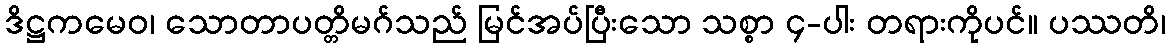
ဒိဋ္ဌကမေဝ၊ သောတာပတ္တိမဂ်သည် မြင်အပ်ပြီးသော သစ္စာ ၄-ပါး တရားကိုပင်။ ပဿတိ၊